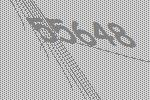
55648